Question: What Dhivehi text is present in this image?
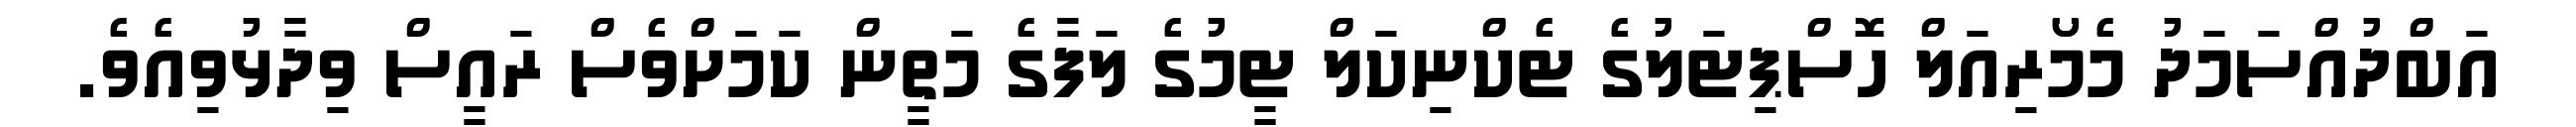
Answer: އަބްދުއްސަމަދު މެމޯރިއަލް ހޮސްޕިޓަލުގެ ޓެކްނިކަލް ޓީމުގެ ލަފާގެ މަތީން ކަމަށްވެސް ރައީސް ވިދާޅުވިއެވެ.